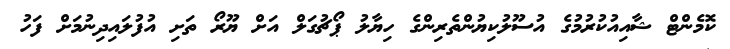
ކޮމެންޓް ޝާއިއުކުރުމުގެ އުސޫލުކިޔުންތެރިންގެ ހިޔާލު ޕޯޗުގަލް އަށް ޔޫރޯ ތަށި އުފުލައިދިނުމަށް ފަހު